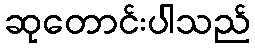
ဆုတောင်းပါသည်